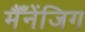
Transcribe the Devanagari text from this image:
मैँनेंजिग